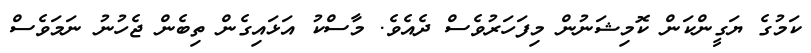
ކަމުގެ ޔަގީންކަން ކޮމިޝަނުން މިފަހަރުވެސް ދެއެވެ. މާސްކު އަޅައިގެން ތިބެން ޖެހުނު ނަމަވެސް